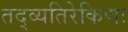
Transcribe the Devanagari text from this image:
तद्व्यतिरेकिणः